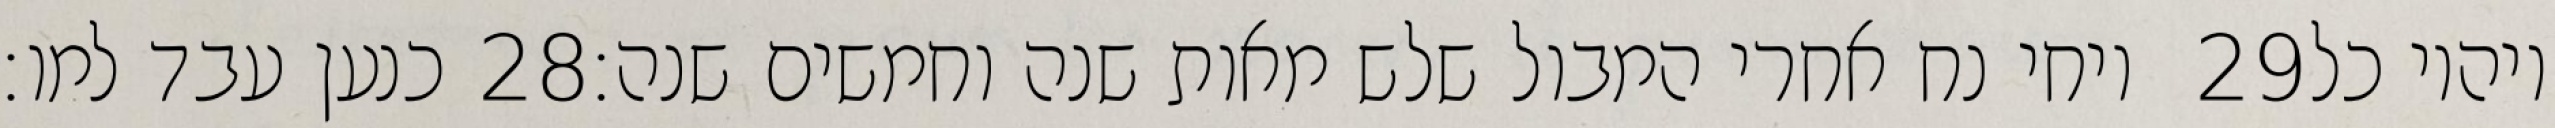
כנען עבד למו׃ ‎28‏ ויחי נח אחרי המבול שלש מאות שנה וחמשים שנה׃ ‎29‏ ויהיו כל